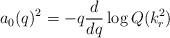
LaTeX: \begin{align*}a_0(q)^2=-q\frac{d}{dq}\log Q(k_r^2)\end{align*}